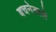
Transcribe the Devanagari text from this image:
बचनेवाले